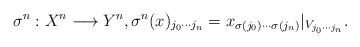
LaTeX: \begin{align*}\sigma^n:X^n \longrightarrow Y^n, \sigma^n(x)_{j_0\cdots j_n}=x_{\sigma(j_0) \cdots\sigma(j_n)}|_{V_{j_0 \cdots j_n}}.\end{align*}